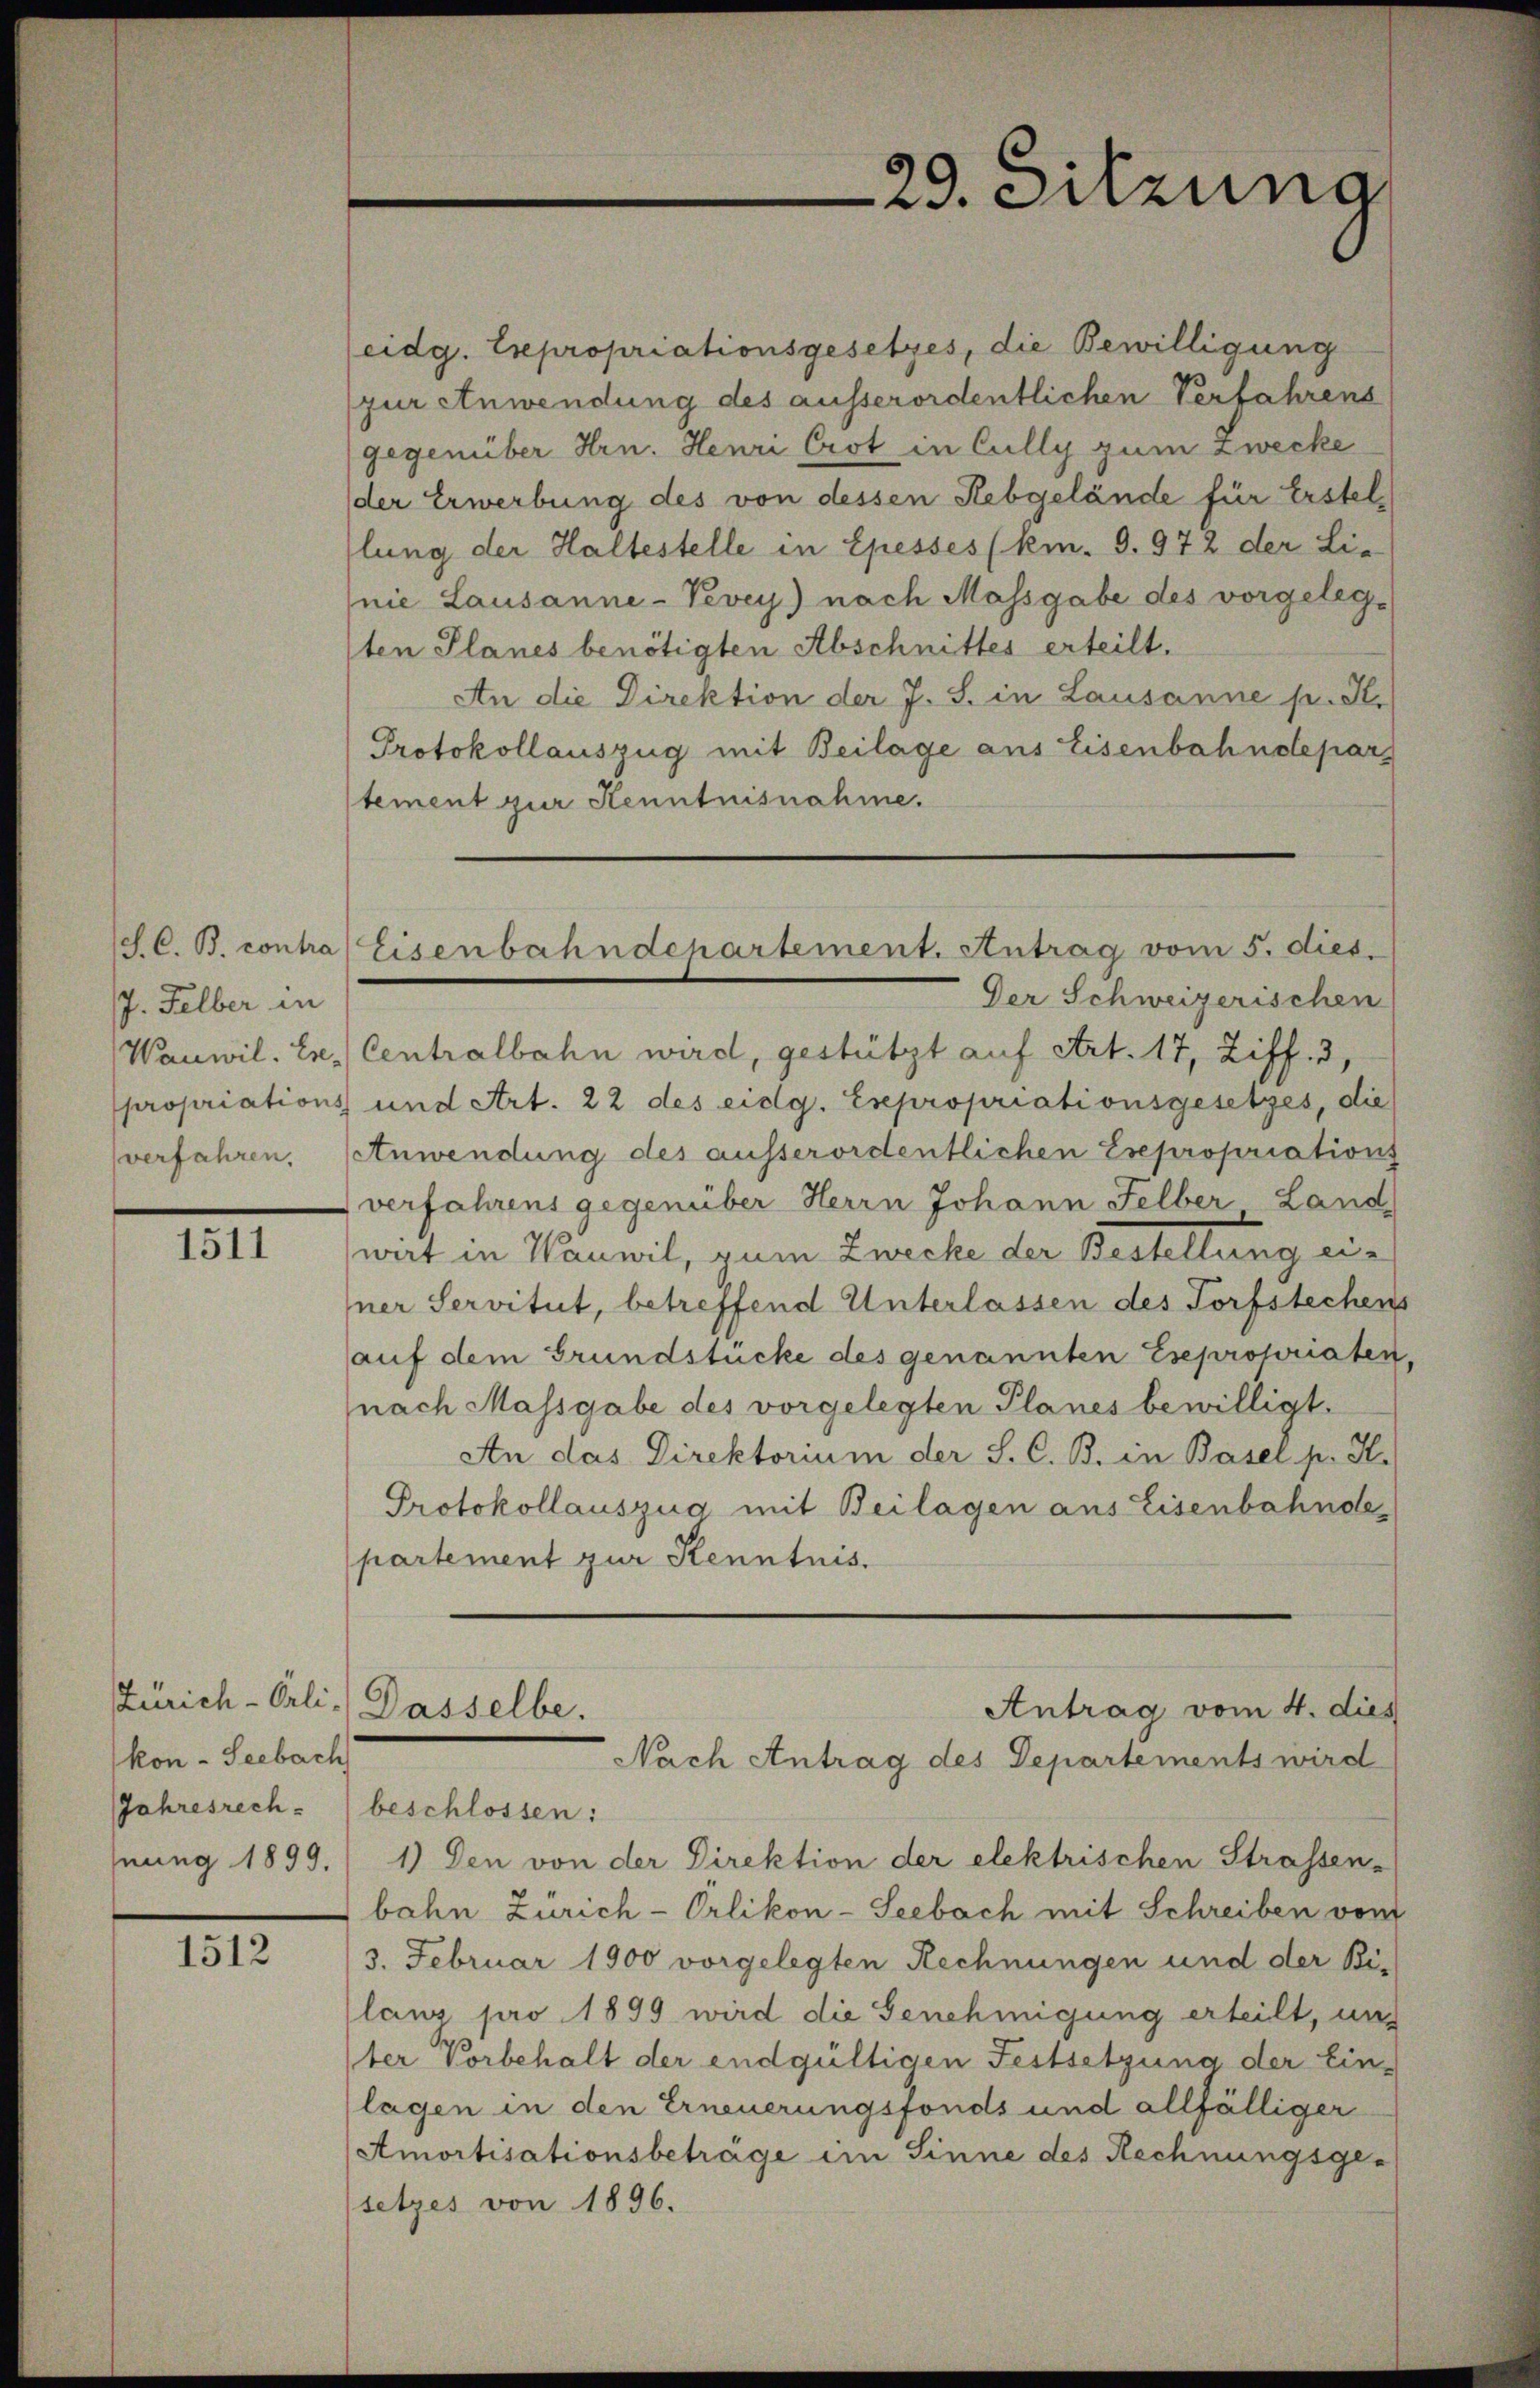
S. C. B. contra
J. Felber in
Wanwil. Er-
propriations
verfahren.

1511

kon - Seebach
nung 1899.

1512

29. Sitzung

eidg. Expropriationsgesetzes, die Bewilligung
zur Anwendung des ausserordentlichen Verfahrens
gegenüber Hrn. Henri Crot in Cully zum Zwecke
der Erwerbung des von dessen Rebgelände für Erstellung der Haltestelle in Epesses (km. 9. 972 der Li-
nie Lausanne-Vevey) nach Massgabe des vorgeleg-
sten Planes benötigten Abschnittes erteilt.
An die Direktion der J. S. in Lausanne p. K.
Protokollauszug mit Beilage aus Eisenbahndepar
tement zur Kenntnisnahme.
Der Schweizerischen
Centralbahn wird, gestützt auf Art. 17, Ziff. 3,
und Art. 22 des eidg. Expropriationsgesetzes, die
Anwendung des ausserordentlichen Esepropriations
verfahrens gegenüber Herrn Johann Felber Land
wat in Wanwil, zum Zwecke der Bestellung einer Servitut, betreffend Unterlassen des Torfstechen
auf dem Grundstücke des genannten Esepropriaten
nach Massgabe des vorgelegten Planes bewilligt.
An das Direktorium der S. C. B. in Basel p. K.
Protokollauszug mit Beilagen aus Eisenbahndepartement zur Kenntnis.
Zürich-Orli. Dasselbe.
Antrag vom 4. dies
Nach Antrag des Departements wird
Jahresrech beschlossen:
1) Den von der Direktion der elektrischen Strassen-
bahn Zürich-Orlikon-Seebach mit Schreiben vom
3. Februar 1900 vorgelegten Rechnungen und der Bi-
lans pro 1899 wird die Genehmigung erteilt, und
ter Vorbehalt der endgültigen Festsetzung der Ein-
lagen in den Erneuerungsfonds und allfälliger
Amortisationsbeträge im Sinne des Rechnungsge¬
(setzes von 1896.

Eisenbahndchartement. Antrag vom 5. dies.